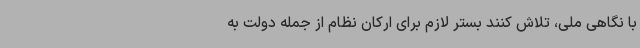
با نگاهی ملی، تلاش کنند بستر لازم برای ارکان نظام از جمله دولت به